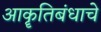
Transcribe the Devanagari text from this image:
आकॄतिबंधाचे